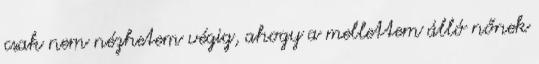
csak nem nézhetem végig, ahogy a mellettem álló nőnek